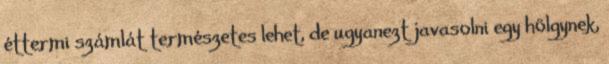
éttermi számlát természetes lehet, de ugyanezt javasolni egy hölgynek,